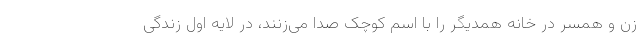
زن و همسر در خانه همدیگر را با اسم کوچک صدا می‌زنند، در لایه اول زندگی